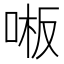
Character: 𫪒